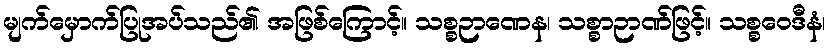
မျက်မှောက်ပြုအပ်သည်၏ အဖြစ်ကြောင့်။ သစ္စဉာဏေန၊ သစ္စာဉာဏ်ဖြင့်။ သစ္စဝေဒီနံ၊